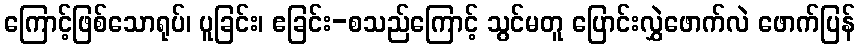
ကြောင့်ဖြစ်သောရုပ်၊ ပူခြင်း၊ ဧခြင်း-စသည်ကြောင့် သွင်မတူ ပြောင်းလွှဲဖောက်လဲ ဖောက်ပြန်